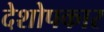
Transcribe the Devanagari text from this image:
देशोपकार